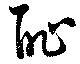
耻